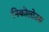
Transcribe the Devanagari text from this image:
निकोलोउस